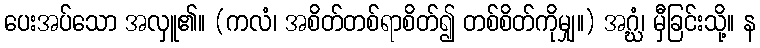
ပေးအပ်သော အလှူ၏။ (ကလံ၊ အစိတ်တစ်ရာစိတ်၍ တစ်စိတ်ကိုမျှ။) အဂ္ဃံ၊ မှီခြင်းသို့။ န